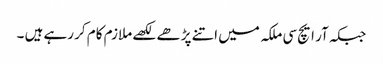
جبکہ آر ایچ سی ملکہ میں اتنے پڑھے لکھے ملازم کام کر رہے ہیں ۔